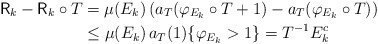
\begin{align*}\mathsf{R}_{k}-\mathsf{R}_{k}\circ T & =\mu(E_{k})\left( a_{T}(\varphi_{E_{k}}\circ T+1)-a_{T}(\varphi_{E_{k}}\circ T)\right) \\& \leq\mu(E_{k})\,a_{T}(1)\{\varphi_{E_{k}}>1\}=T^{-1}E_{k}^{c}\end{align*}